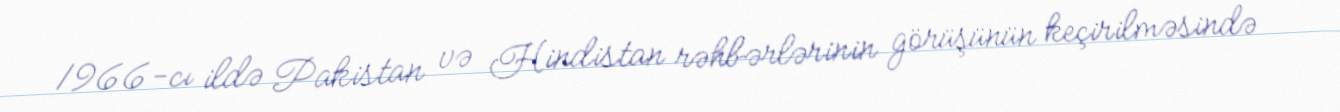
1966-cı ildə Pakistan və Hindistan rəhbərlərinin görüşünün keçirilməsində